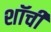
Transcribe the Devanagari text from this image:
शॉची